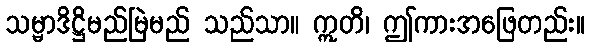
သမ္မာဒိဋ္ဌိမည်မြဲမည် သည်သာ။ ဣတိ၊ ဤကားအဖြေတည်း။